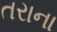
તરાના